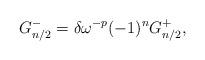
LaTeX: \begin{align*}G^-_{n/2}=\delta \omega^{-p}(-1)^nG^+_{n/2} ,\end{align*}